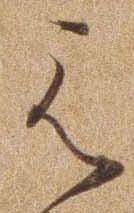
え